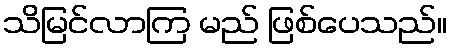
သိမြင်လာကြ မည် ဖြစ်ပေသည်။